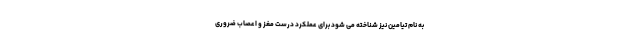
به نام تیامین نیز شناخته می شود برای عملکرد درست مغز و اعصاب ضروری